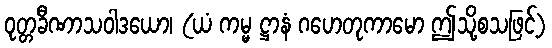
ဝုတ္တခီဏာသဝါဒယော၊ (ယံ ကမ္မ ဋ္ဌာနံ ဂဟေတုကာမော ဤသို့စသဖြင့်)